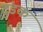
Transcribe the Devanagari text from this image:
टुंडक